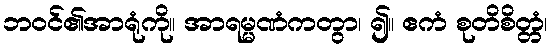
ဘဝင်၏အာရုံကို။ အာရမ္မဏံကတွာ၊ ၍။ ဧကံ စုတိစိတ္တံ၊